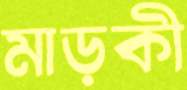
মাড়কী